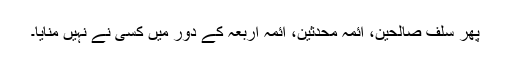
پھر سلف صالحین، ائمہ محدثین، ائمہ اربعہ کے دور میں کسی نے نہیں منایا۔